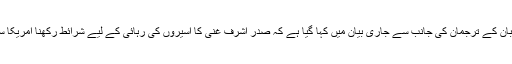
عالمی خبر رساں ادارے کے مطابق افغان طالبان کے ترجمان کی جانب سے جاری بیان میں کہا گیا ہے کہ صدر اشرف غنی کا اسیروں کی رہائی کے لیے شرائط رکھنا امریکا سے امن معاہدے کی سراسر خلاف ورزی ہے۔